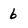
Character: 6